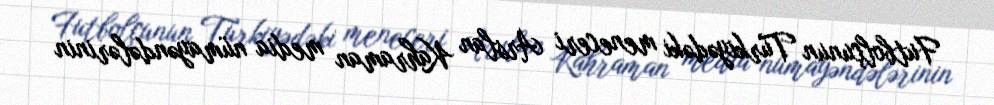
Futbolçunun Türkiyədəki meneceri Arslan Kahraman media nümayəndələrinin